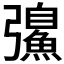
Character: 𫹂